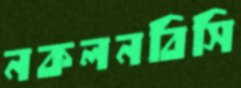
নকলনবিসি